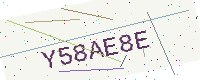
Text: Y58AE8E